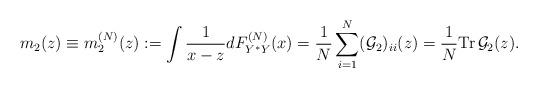
LaTeX: \begin{align*}m_2(z)\equiv m_2^{(N)}(z):=\int \frac{1}{x-z}dF^{(N)}_{Y^*Y}(x)=\frac{1}{N}\sum_{i=1}^N (\mathcal G_2)_{ii}(z)=\frac{1}{N} \mathrm{Tr} \, \mathcal G_2(z). \end{align*}